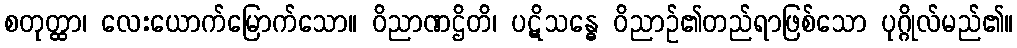
စတုတ္ထာ၊ လေးယောက်မြောက်သော။ ဝိညာဏဌိတိ၊ ပဋိသန္ဓေ ဝိညာဉ်၏တည်ရာဖြစ်သော ပုဂ္ဂိုလ်မည်၏။